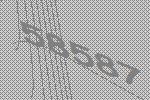
58587